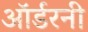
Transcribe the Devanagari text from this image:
ऑर्डरनी